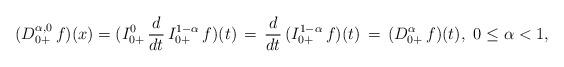
LaTeX: \begin{align*}(D^{\alpha,0}_{0+}\, f)(x) = (I_{0+}^{0}\, \frac{d}{dt}\, I_{0+}^{1-\alpha}\, f)(t)\, = \, \frac{d}{dt}\, (I_{0+}^{1-\alpha}\, f)(t)\, = \,(D^\alpha_{0+}\, f)(t),\ 0 \le \alpha < 1,\end{align*}